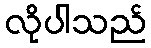
လိုပါသည်